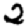
Digit: 2